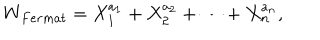
W _ { F e r m a t } = X _ { 1 } ^ { a _ { 1 } } + X _ { 2 } ^ { a _ { 2 } } + \cdots + X _ { n } ^ { a _ { n } } ,